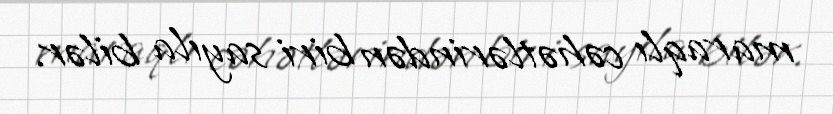
maraqlı cəhətlərindən biri sayıla bilər.